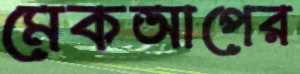
মেকআপের